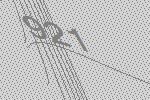
921